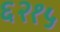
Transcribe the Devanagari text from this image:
६२१५